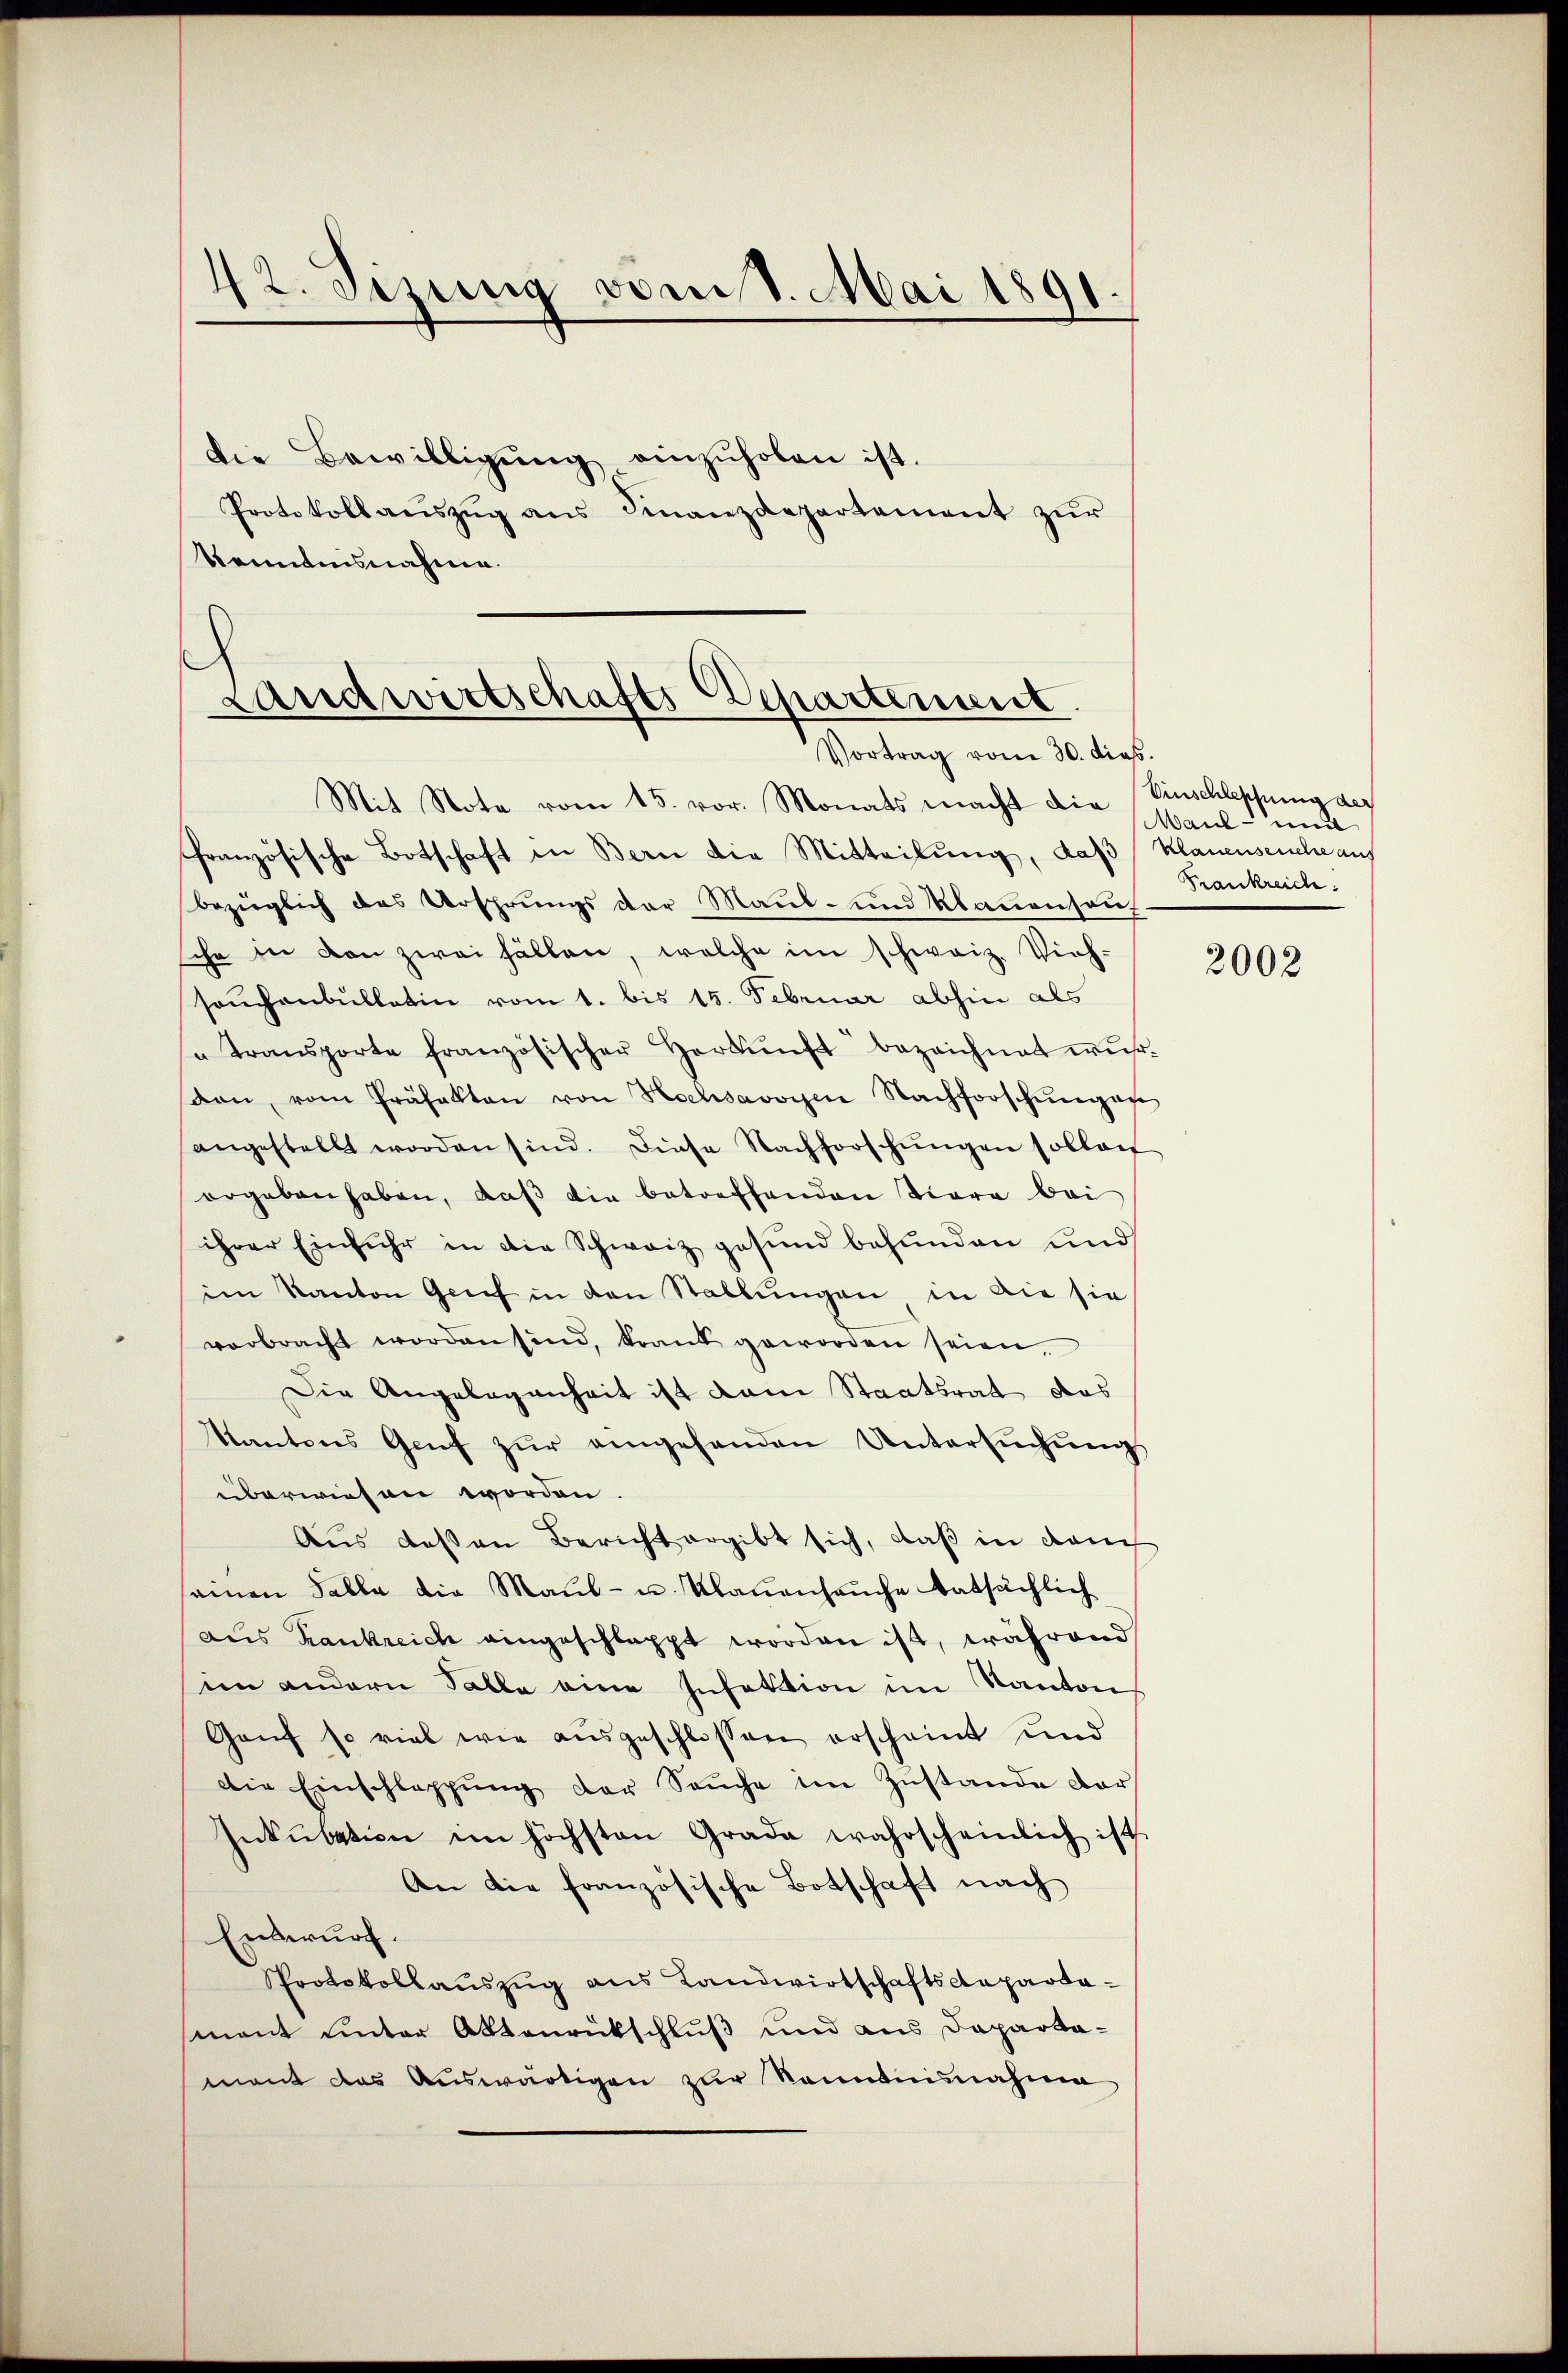
42. Sizung vom 1. Mai 1891

Die Bewilligŭng einzŭholen ist.
Protokoll aŭszŭg ans Finanzdepartement zŭr
Renntnisnahme.

e
Landwirtschafts Departenseit
Vortrag vom 30. dies

Mit Note vom 15. vor. Monats macht die
französische Botschaft in Bern die Mitteilung, daß Klauenseuche aus
bezüglich das Ursprungs der Maŭb- und Klauensent.
sche in den zwei Fällen, welche im schweiz. Vieh-
souchenbulletin vom 1. bis 15. Februar abhin als
transporte französischer Herkŭnft bezeichnet wŭr
sion vom Präfekten von Hochsavoyen Nachforschŭngen
angestellt worden sind. Diese Nachforschŭngen sollen
ergeben haben, daβ die betreffenden Tiere bei
ihrer Einfuhr in die Schweiz gesund befunden und
im Kanton Grief in den Stallungen, in die sie
verbracht worden sind, trand geworden seien,
Die Angelegenheit ist dem Staatsrat das
Kantons Genf zŭr eingehenden Untersŭchŭng
überwiesen worden.
Aus dessen Bericht ergibt sich, daß in dauch
einen Falle die Maul- u. Klaŭensaŭche tatsächlich
deis Krankreich eingeschlappt worden ist, während
im andern Salle eine Infektion im Kantons
Ganz so viel wie ausgeschlossen erscheint und
die Einschlappŭng der Sache im Zustande dar
Inkŭbation im höchsten Grade wahrscheinlich ist
An die französische Botschaft nach
Entwurf.
Protokollauszug aus Landwirtschaftsdapaodasment unter Aktenrückschluß und aus Dapartamant das Auswärtigen zur Kenntnisnahme

Einschleppung der
Maul- und
Frankreich

2002